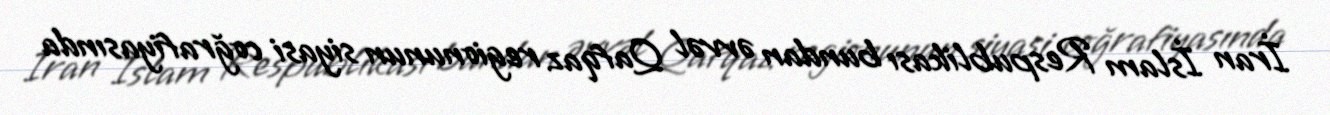
İran İslam Respublikası bundan əvvəl Qafqaz regionunun siyasi coğrafiyasında